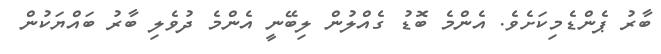
ބާރު ޕެންޑެމިކަށެވެ. އެންމެ ބޮޑު ގެއްލުން ލިބޭނީ އެންމެ ދުވެލި ބާރު ބައްޔަކުން